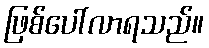
ဖြစ်ပေါ်လာရသည်။